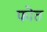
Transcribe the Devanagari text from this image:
फोत